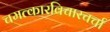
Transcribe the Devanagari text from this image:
चमत्कारविचारचर्चा